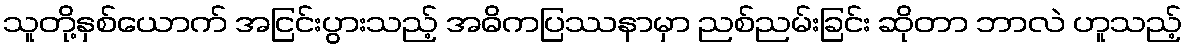
သူတို့နှစ်ယောက် အငြင်းပွားသည့် အဓိကပြဿနာမှာ ညစ်ညမ်းခြင်း ဆိုတာ ဘာလဲ ဟူသည့်